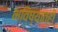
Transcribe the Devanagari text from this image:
भविष्यातही